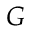
{ \cal G }